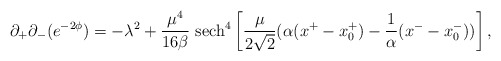
\begin{align*}\partial_+\partial_- (e^{-2\phi}) = -\lambda^2 + \frac{\mu^4}{16\beta}{}~\mbox{sech}^4 \left[\frac{\mu}{2 \sqrt 2}(\alpha(x^+ - x_0^+)-\frac{1}{\alpha}(x^- - x_0^-))\right], \end{align*}